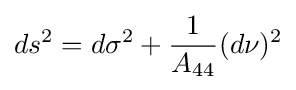
ds^{2}=d\sigma ^{2}+{\frac {1}{A_{44}}}(d\nu )^{2}